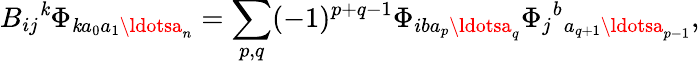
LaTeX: B_{ij}{}^{\mathit{k}}\Phi_{\mathit{k}a_{0}a_{1}\ldotsa_{n}}=\sum_{p,q}(-1)^{p+q-1}\Phi_{iba_{p}\ldotsa_{q}}\Phi_{j}{}^{b}{}_{a_{q+1}\ldotsa_{p-1}},